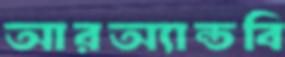
আরঅ্যান্ডবি